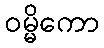
ဝမ္မိကော